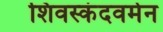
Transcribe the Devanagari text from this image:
शिवस्कंदवर्मन